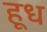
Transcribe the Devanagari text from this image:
हूध